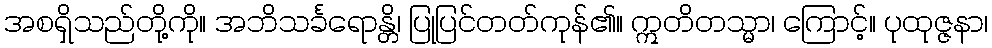
အစရှိသည်တို့ကို။ အဘိသင်္ခရောန္တိ၊ ပြုပြင်တတ်ကုန်၏။ ဣတိတသ္မာ၊ ကြောင့်။ ပုထုဇ္ဇနာ၊